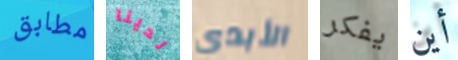
مطابق لدينا الأبدي يفكر أين